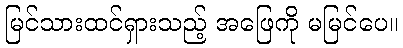
မြင်သားထင်ရှားသည့် အဖြေကို မမြင်ပေ။